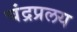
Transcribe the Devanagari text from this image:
चंद्रप्रलय